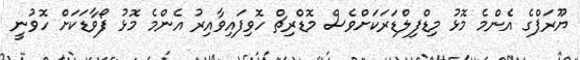
ޔޫރަޕްގެ އެންމެ މޮޅު މިޑްފިލްޑަރަކަށްވެސް މޮޑްރިޗް ހޮވިފައިވާއިރު އެންމެ މޮޅު ފޯވާޑަކަށް ހޮވުނީ